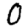
Digit: 0